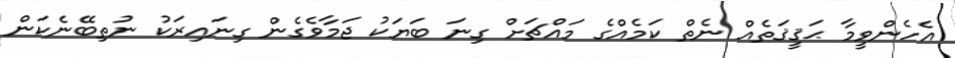
އެހެންވީމާ ޙަޤީޤަތެއް ނެތް ކަމެއްގެ މައްޗަށް ގިނަ ބަޔަކު ޖަމާވެގެން ގިނައިރަކު ނުތިބޭނެކަން